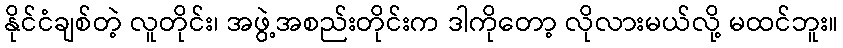
နိုင်ငံချစ်တဲ့ လူတိုင်း၊ အဖွဲ့အစည်းတိုင်းက ဒါကိုတော့ လိုလားမယ်လို့ မထင်ဘူး။